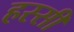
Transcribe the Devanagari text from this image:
हस्सी